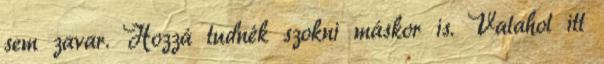
sem zavar. Hozzá tudnék szokni máskor is. Valahol itt